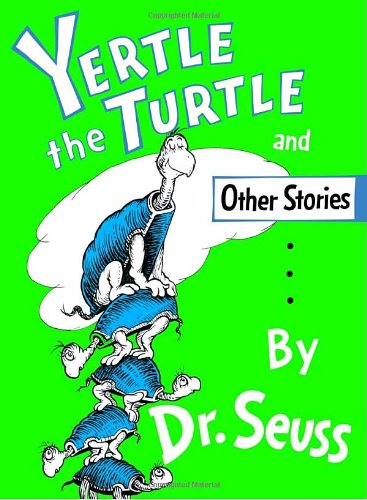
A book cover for Yertle the Turtle and Other Stories; Dr. Seuss; Literature & Fiction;